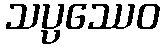
သပ္ပဿေဝ